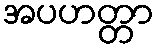
အပဟတ္တာ